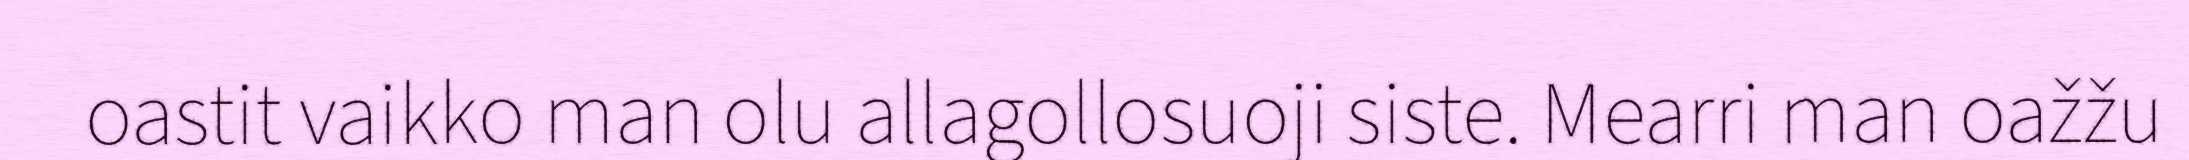
oastit vaikko man olu allagollosuoji siste. Mearri man oažžu